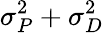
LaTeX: \sigma_{P}^{2}+\sigma_{D}^{2}